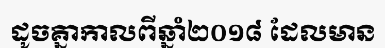
ដូចគ្នាកាលពីឆ្នាំ២០១៨ ដែលមាន